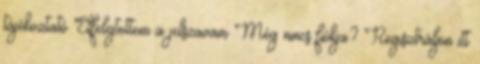
tájékoztató Elfelejtettem a jelszavam Még nincs fiókja? Regisztráljon itt